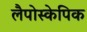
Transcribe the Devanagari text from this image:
लैपोस्केपिक